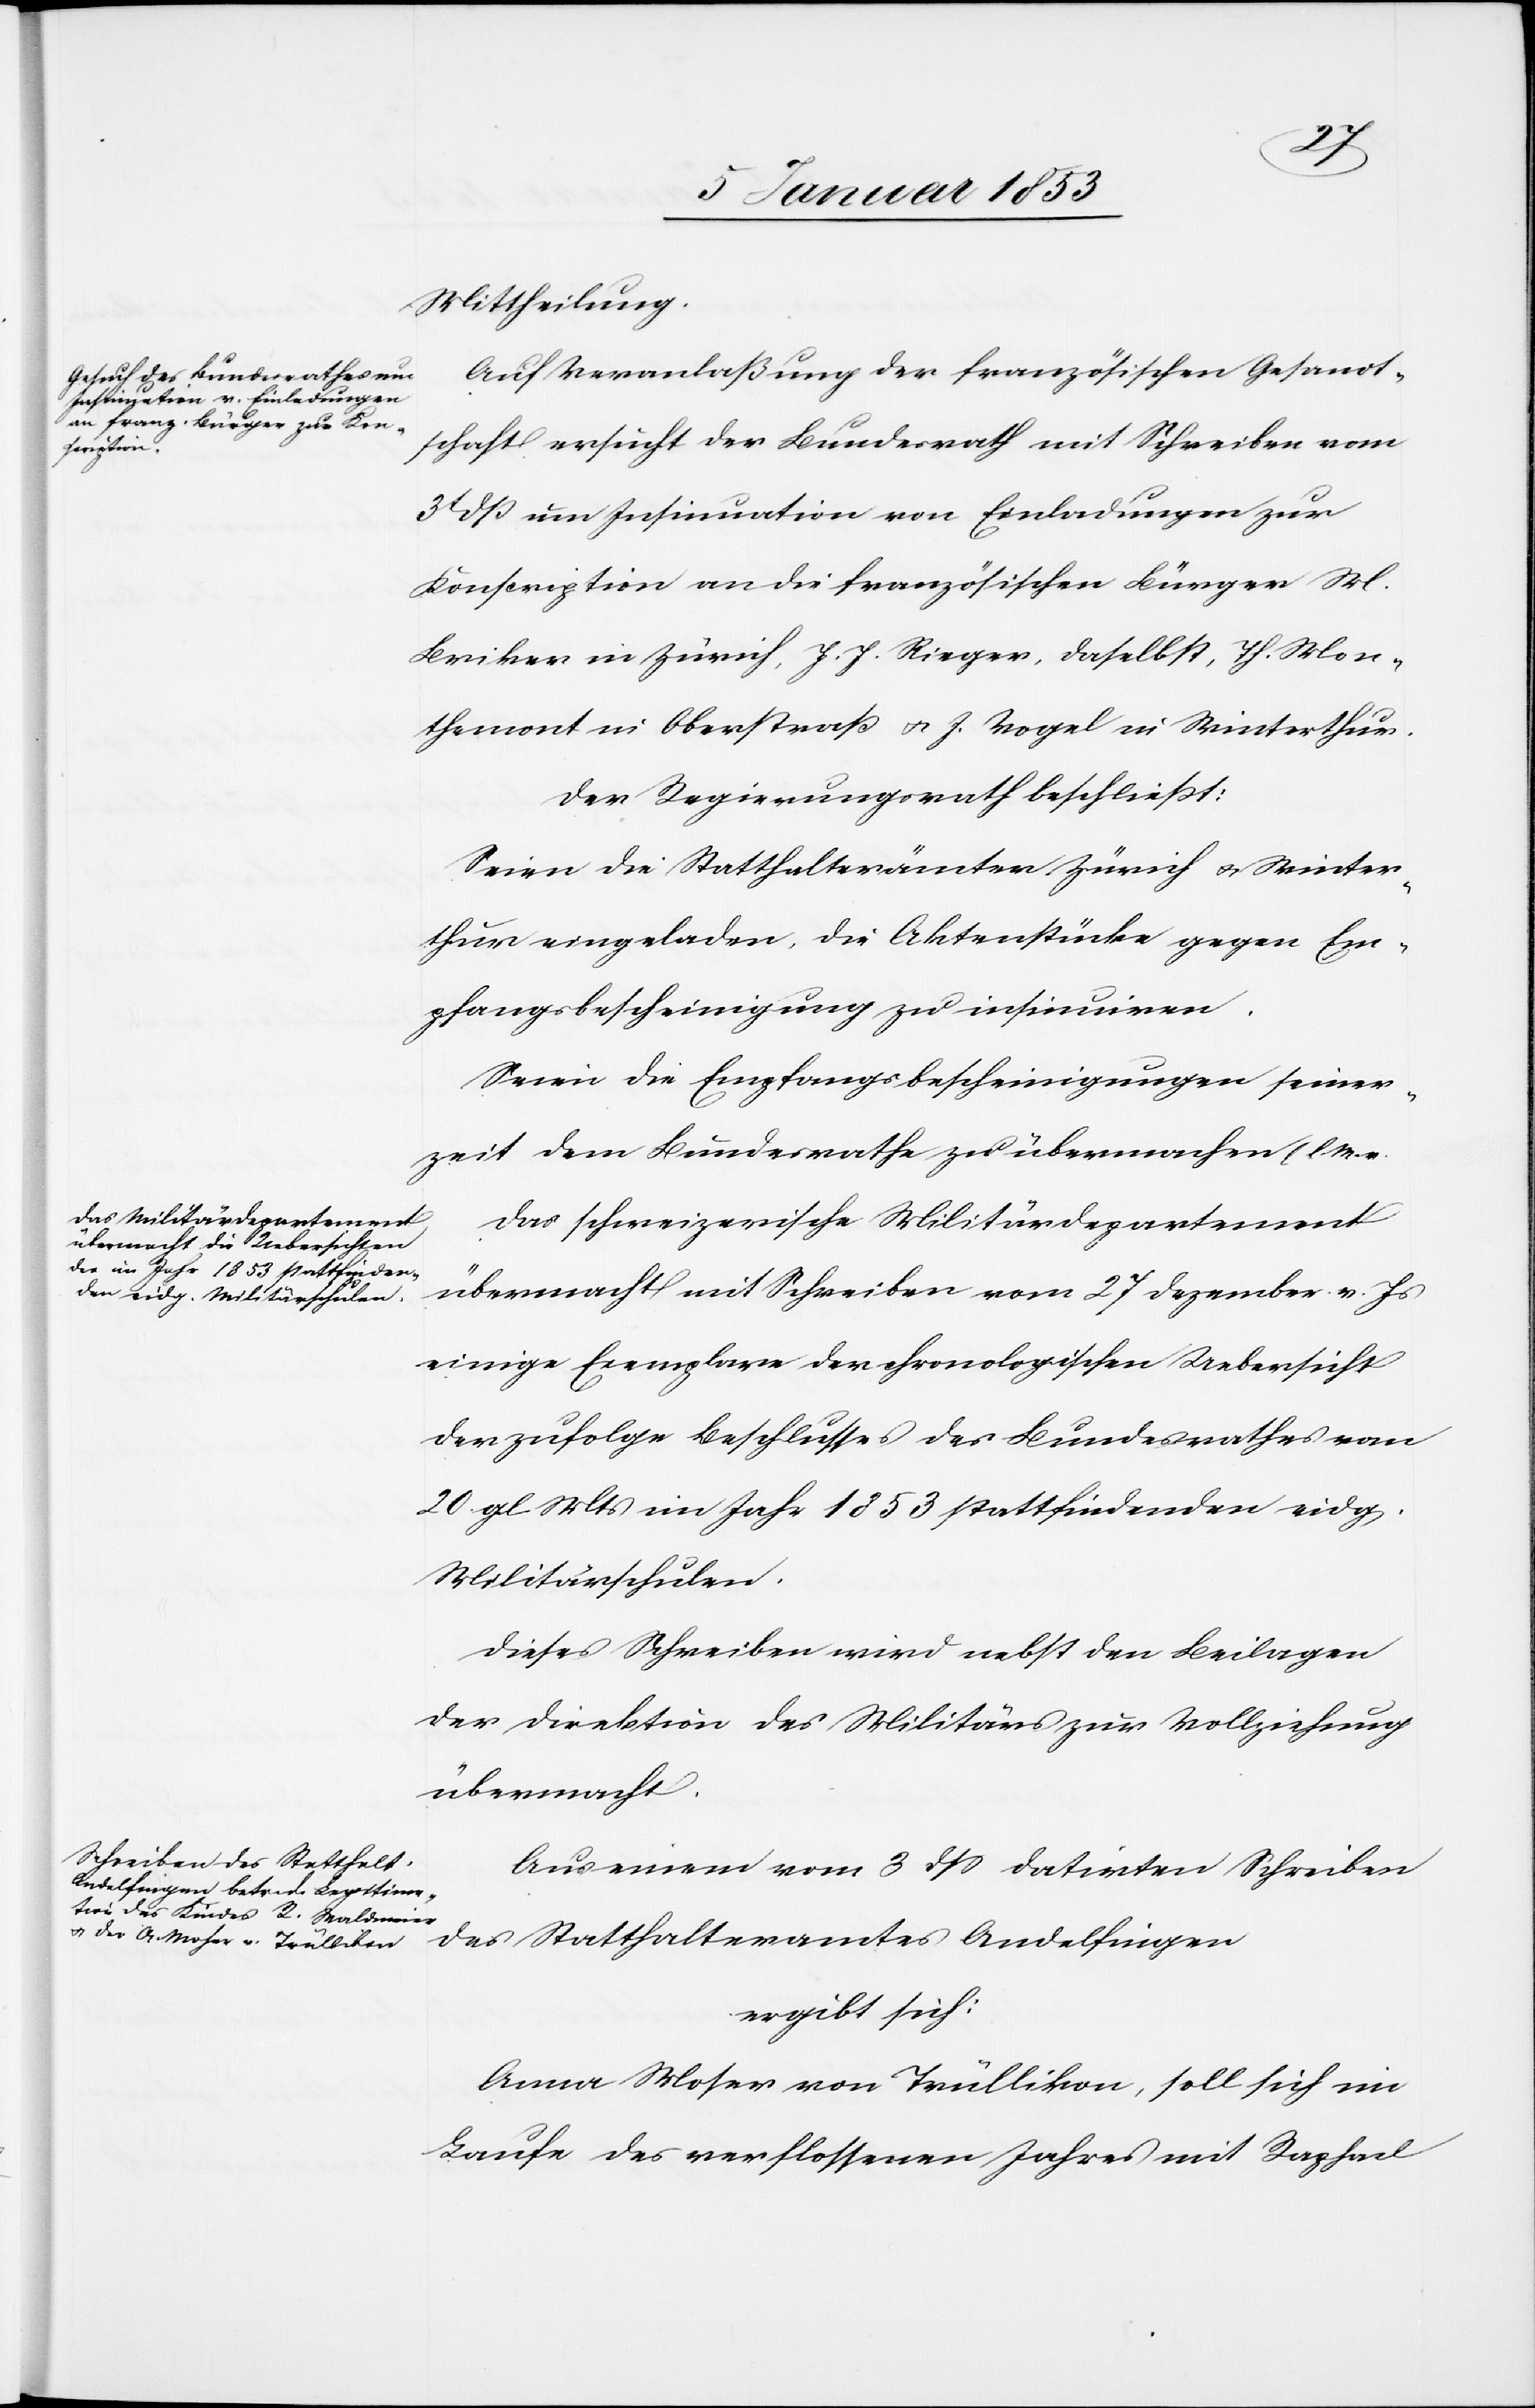
Mittheilung.
Auf Veranlaßung der französischen Gesandt¬
schaft ersucht der Bundesrath mit Schreiben vom
3t. d. M. um Insinuation von Einladungen zur
Konscription an die französischen Bürger M.
Briker in Zürich, J. J. Rieger, daselbst, Jh. Mon¬
themont in Oberstraß u. J. Vogel in Winterthur.
der Regierungsrath beschliesst:
Seien die Statthalterämter Zürich u. Winter¬
thur eingeladen, die Aktenstücke gegen Em¬
pfangsbescheinigung zu insinuiren.
Seien die Empfangsbescheinigungen seiner
Das schweizerische Militärdepartement
übermacht mit Schreiben vom 27 Dezember v. Js.
einige Exemplare der chronologischen Uebersicht
der zufolge Beschlusses des Bundesrathes vom
20 gl. M. im Jahr 1853 stattfindenden eidg.
Militärschulen.
Dieses Schreiben wird nebst den Beilagen
der Direktion des Militäres zur Vollziehung
übermacht.